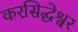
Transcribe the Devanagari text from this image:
करसिद्धेश्वर